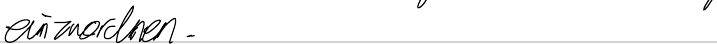
einzuordnen.